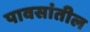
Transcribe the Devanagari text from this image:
पावसांतील